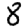
Digit: 8